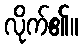
လိုက်၏။